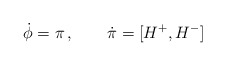
\begin{align*}\dot{\phi} = \pi\,, \qquad \dot{\pi} = [H^+ ,H^- ]\end{align*}